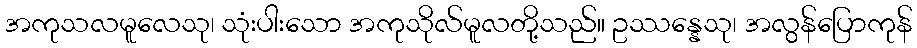
အကုသလမူလေသု၊ သုံးပါးသော အကုသိုလ်မူလတို့သည်။ ဥဿန္နေသု၊ အလွန်ပြောကုန်